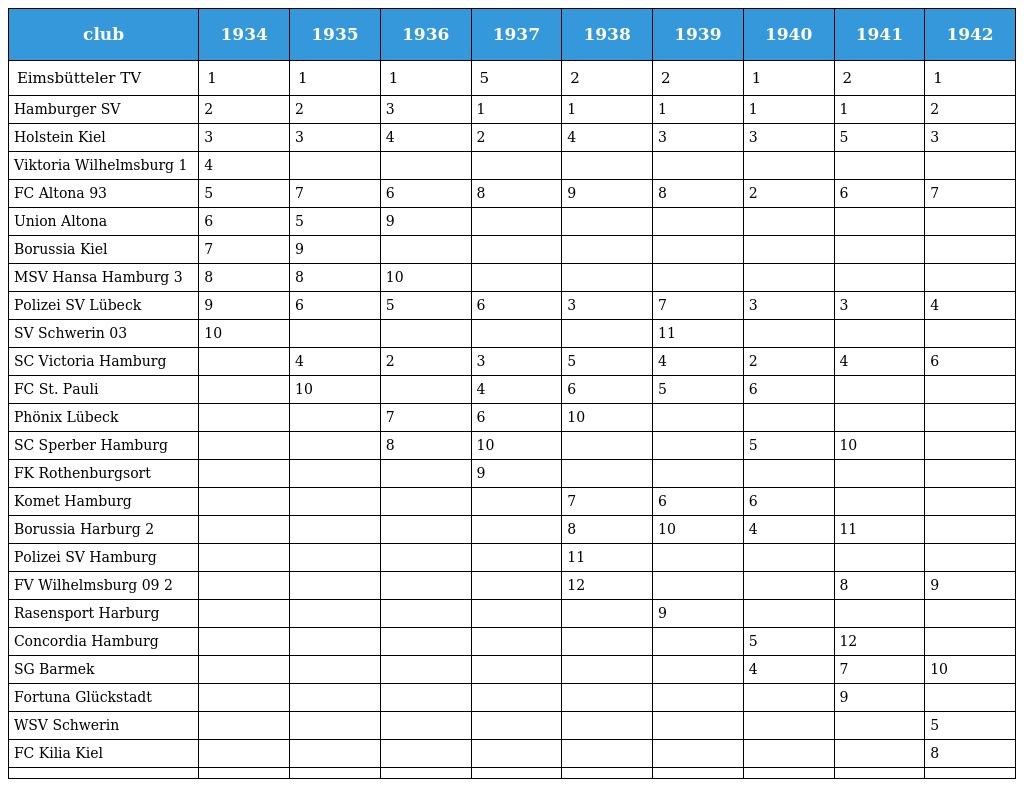
| club | 1934 | 1935 | 1936 | 1937 | 1938 | 1939 | 1940 | 1941 | 1942 |
 | --- | --- | --- | --- | --- | --- | --- | --- | --- | --- |
 | Eimsbütteler TV | 1 | 1 | 1 | 5 | 2 | 2 | 1 | 2 | 1 |
 | Hamburger SV | 2 | 2 | 3 | 1 | 1 | 1 | 1 | 1 | 2 |
 | Holstein Kiel | 3 | 3 | 4 | 2 | 4 | 3 | 3 | 5 | 3 |
 | Viktoria Wilhelmsburg 1 | 4 |  |  |  |  |  |  |  |  |
 | FC Altona 93 | 5 | 7 | 6 | 8 | 9 | 8 | 2 | 6 | 7 |
 | Union Altona | 6 | 5 | 9 |  |  |  |  |  |  |
 | Borussia Kiel | 7 | 9 |  |  |  |  |  |  |  |
 | MSV Hansa Hamburg 3 | 8 | 8 | 10 |  |  |  |  |  |  |
 | Polizei SV Lübeck | 9 | 6 | 5 | 6 | 3 | 7 | 3 | 3 | 4 |
 | SV Schwerin 03 | 10 |  |  |  |  | 11 |  |  |  |
 | SC Victoria Hamburg |  | 4 | 2 | 3 | 5 | 4 | 2 | 4 | 6 |
 | FC St. Pauli |  | 10 |  | 4 | 6 | 5 | 6 |  |  |
 | Phönix Lübeck |  |  | 7 | 6 | 10 |  |  |  |  |
 | SC Sperber Hamburg |  |  | 8 | 10 |  |  | 5 | 10 |  |
 | FK Rothenburgsort |  |  |  | 9 |  |  |  |  |  |
 | Komet Hamburg |  |  |  |  | 7 | 6 | 6 |  |  |
 | Borussia Harburg 2 |  |  |  |  | 8 | 10 | 4 | 11 |  |
 | Polizei SV Hamburg |  |  |  |  | 11 |  |  |  |  |
 | FV Wilhelmsburg 09 2 |  |  |  |  | 12 |  |  | 8 | 9 |
 | Rasensport Harburg |  |  |  |  |  | 9 |  |  |  |
 | Concordia Hamburg |  |  |  |  |  |  | 5 | 12 |  |
 | SG Barmek |  |  |  |  |  |  | 4 | 7 | 10 |
 | Fortuna Glückstadt |  |  |  |  |  |  |  | 9 |  |
 | WSV Schwerin |  |  |  |  |  |  |  |  | 5 |
 | FC Kilia Kiel |  |  |  |  |  |  |  |  | 8 |
 |  |  |  |  |  |  |  |  |  |  |